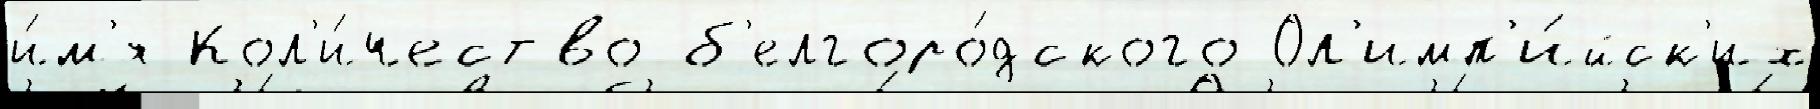
и́м'я Кол'и́чество б'елгоро́дского Ол'имп'и́йск'их